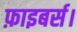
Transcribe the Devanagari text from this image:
फ़ाइबर्स।